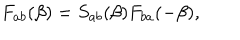
LaTeX: F _ { a b } ( \beta ) = S _ { a b } ( \beta ) F _ { b a } ( - \beta ) ,